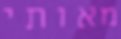
מאותי